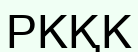
РКҚК